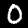
Label: 0